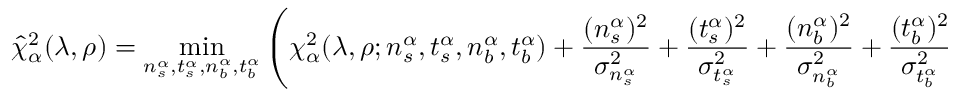
\hat { \chi } _ { \alpha } ^ { 2 } ( \lambda , \rho ) = \operatorname * { m i n } _ { n _ { s } ^ { \alpha } , t _ { s } ^ { \alpha } , n _ { b } ^ { \alpha } , t _ { b } ^ { \alpha } } \left( \chi _ { \alpha } ^ { 2 } ( \lambda , \rho ; n _ { s } ^ { \alpha } , t _ { s } ^ { \alpha } , n _ { b } ^ { \alpha } , t _ { b } ^ { \alpha } ) + \frac { ( n _ { s } ^ { \alpha } ) ^ { 2 } } { \sigma _ { n _ { s } ^ { \alpha } } ^ { 2 } } + \frac { ( t _ { s } ^ { \alpha } ) ^ { 2 } } { \sigma _ { t _ { s } ^ { \alpha } } ^ { 2 } } + \frac { ( n _ { b } ^ { \alpha } ) ^ { 2 } } { \sigma _ { n _ { b } ^ { \alpha } } ^ { 2 } } + \frac { ( t _ { b } ^ { \alpha } ) ^ { 2 } } { \sigma _ { t _ { b } ^ { \alpha } } ^ { 2 } } \right) .